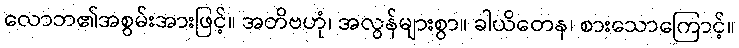
လောဘ၏အစွမ်းအားဖြင့်။ အတိဗဟုံ၊ အလွန်များစွာ။ ခါယိတေန၊ စားသောကြောင့်။